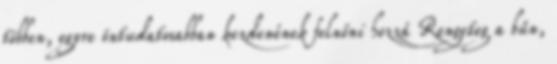
többen, egyre öntudatosabban kezdenének felnőni hozzá Rengeteg a bűn,